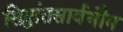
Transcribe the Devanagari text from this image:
सिद्धांतसार्वभौम